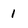
Character: 1